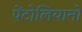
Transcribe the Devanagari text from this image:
पेंटोलियानो